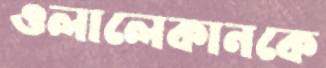
ওলালেকানকে